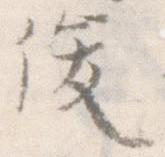
俊